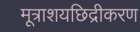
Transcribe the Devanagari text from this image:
मूत्राशयछिद्रीकरण